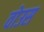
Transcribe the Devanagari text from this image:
वोउस